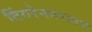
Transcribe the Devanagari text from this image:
टिंगरेनगरातच